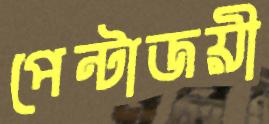
পেন্টাজয়ী